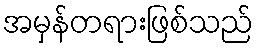
အမှန်တရားဖြစ်သည်